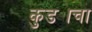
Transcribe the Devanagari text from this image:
कुड्याचा